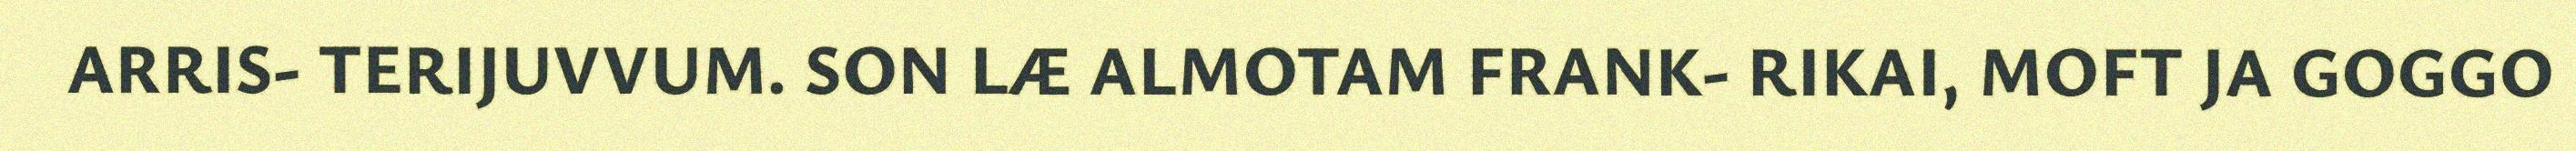
ARRIS- TERIJUVVUM. SON LÆ ALMOTAM FRANK- RIKAI, MOFT JA GOGGO